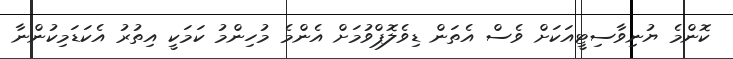
ކޮންމެ ޔުނިވާސިޓީއަކަށް ވެސް އެތަން ޑިވެލޮޕްވުމަށް އެންމެ މުހިންމު ކަމަކީ އިތުރު އެކަޑަމިކުންނާ